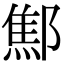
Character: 𨝱